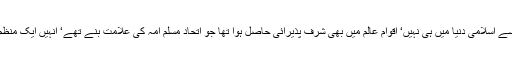
سعودی فرمانروائی میں شاہ فیصل کو ایک مصلح کی حیثیت سے اسلامی دنیا میں ہی نہیں‘ اقوام عالم میں بھی شرف پذیرائی حاصل ہوا تھا جو اتحاد مسلم امہ کی علامت بنے تھے‘ انہیں ایک منظم صیہونی سازش کے تحت شہید کراکے راستے سے ہٹایا گیا۔